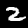
Label: 2